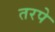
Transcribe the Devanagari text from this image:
तरपे